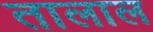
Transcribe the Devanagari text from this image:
तालाल